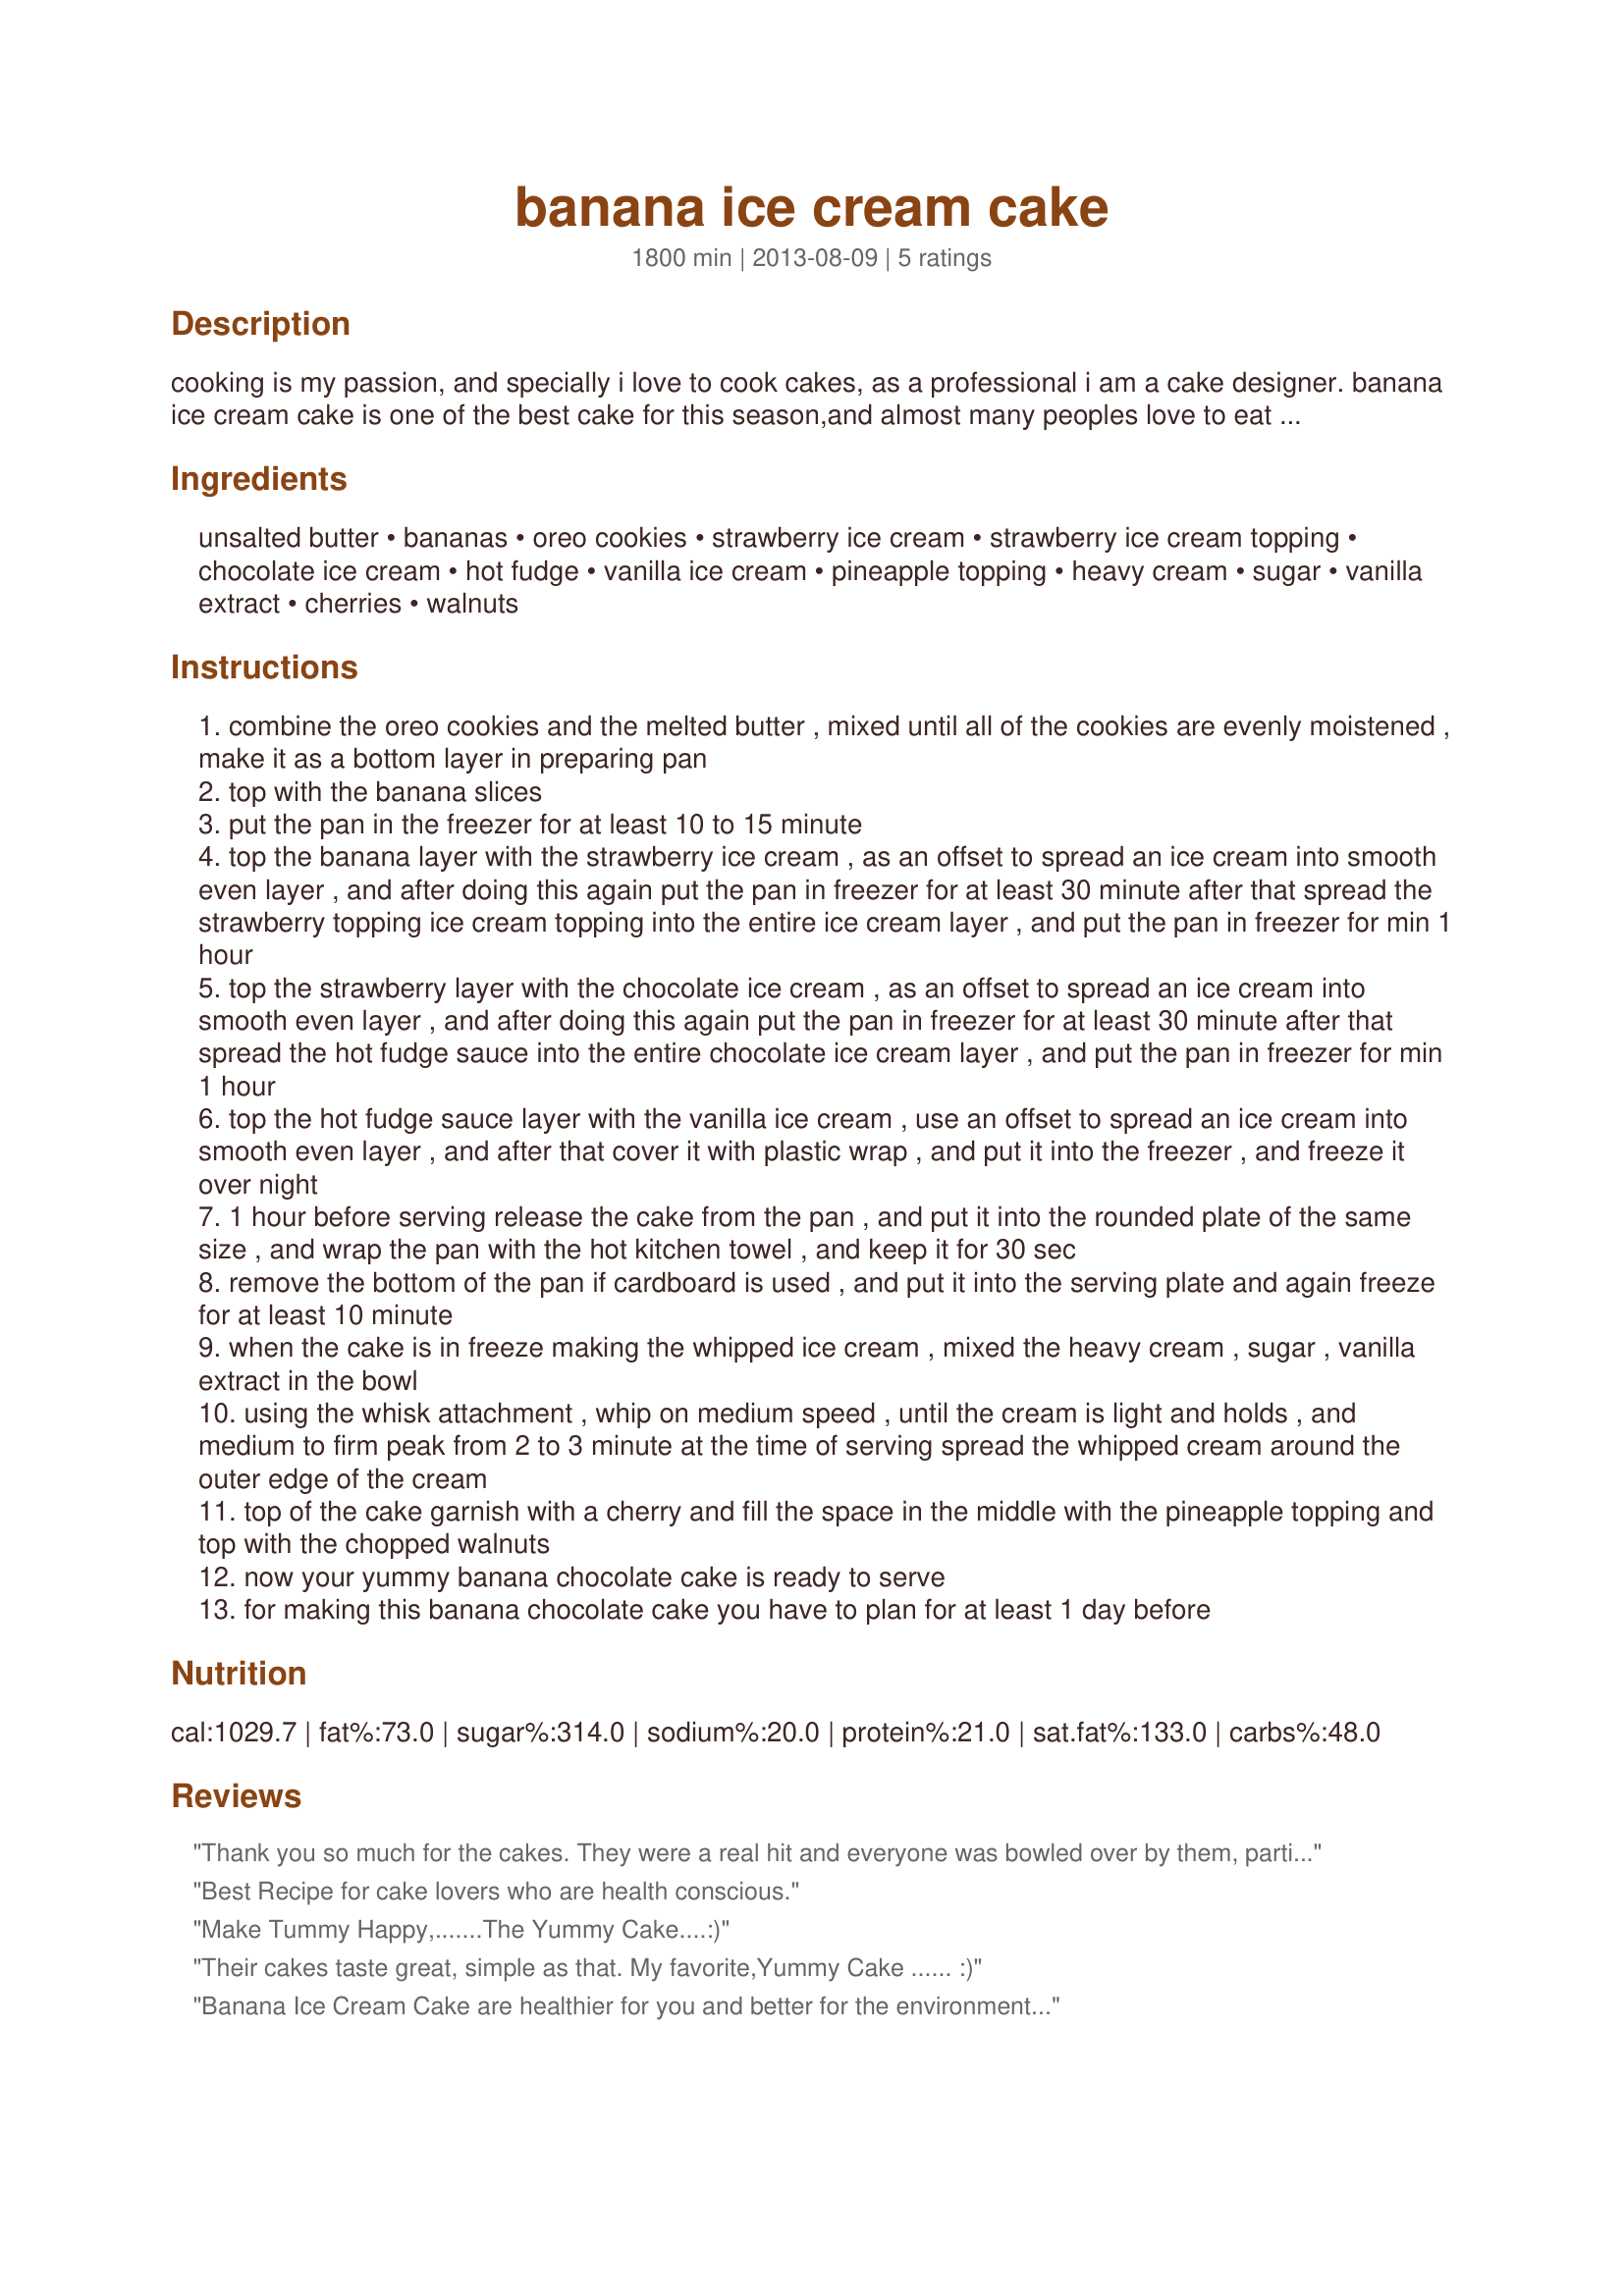
banana ice cream cake
Preparation time: 1800 minutes

cooking is my passion, and specially i love to cook cakes, as a professional i am a cake designer. banana ice cream cake is one of the best cake for this season,and almost many peoples love to eat ice cream,so that's i"ll try this one.

Ingredients:
unsalted butter, bananas, oreo cookies, strawberry ice cream, strawberry ice cream topping, chocolate ice cream, hot fudge, vanilla ice cream, pineapple topping, heavy cream, sugar, vanilla extract, cherries, walnuts

Steps:
combine the oreo cookies and the melted butter , mixed until all of the cookies are evenly moistened , make it as a bottom layer in preparing pan
top with the banana slices
put the pan in the freezer for at least 10 to 15 minute
top the banana layer with the strawberry ice cream , as an offset to spread an ice cream into smooth even layer , and after doing this again put the pan in freezer for at least 30 minute after that spread the strawberry topping ice cream topping into the entire ice cream layer , and put the pan in freezer for min 1 hour
top the strawberry layer with the chocolate ice cream , as an offset to spread an ice cream into smooth even layer , and after doing this again put the pan in freezer for at least 30 minute after that spread the hot fudge sauce into the entire chocolate ice cream layer , and put the pan in freezer for min 1 hour
top the hot fudge sauce layer with the vanilla ice cream , use an offset to spread an ice cream into smooth even layer , and after that cover it with plastic wrap , and put it into the freezer , and freeze it over night
1 hour before serving release the cake from the pan , and put it into the rounded plate of the same size , and wrap the pan with the hot kitchen towel , and keep it for 30 sec
remove the bottom of the pan if cardboard is used , and put it into the serving plate and again freeze for at least 10 minute
when the cake is in freeze making the whipped ice cream , mixed the heavy cream , sugar , vanilla extract in the bowl
using the whisk attachment , whip on medium speed , until the cream is light and holds , and medium to firm peak from 2 to 3 minute at the time of serving spread the whipped cream around the outer edge of the cream
top of the cake garnish with a cherry and fill the space in the middle with the pineapple topping and top with the chopped walnuts
now your yummy banana chocolate cake is ready to serve
for making this banana chocolate cake you have to plan for at least 1 day before

Reviews:
Thank you so much for the cakes. They were a real hit and everyone was bowled over by them, particularly how gorgeously elegant the Banana Ice cake was. They tasted good too.
Best Recipe for cake lovers who are health conscious.
Make Tummy Happy,.......The Yummy Cake....:)
Their cakes taste great, simple as that. My favorite,Yummy Cake ...... :)
Banana Ice Cream Cake are healthier for you and better for the environment...
